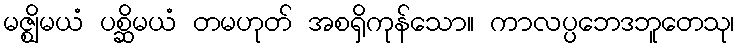
မဇ္ဈိမယံ ပစ္ဆိမယံ တမဟုတ် အစရှိကုန်သော။ ကာလပ္ပဘေဒဘူတေသု၊